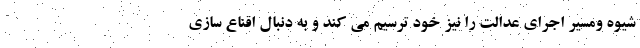
شیوه ومسير اجرای عدالت را نيز خود ترسیم می کند و به دنبال اقناع سازي